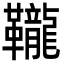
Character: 䪊